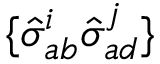
\{ \hat { \sigma } _ { a b } ^ { i } \hat { \sigma } _ { a d } ^ { j } \}